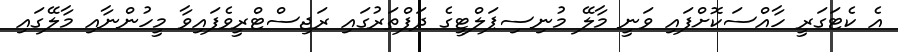
އެ ކެޓަގަރީ ހާއްސަކޮށްފައި ވަނީ މާލޭ މުނިސިޕަލްޓީގެ ދަފްތަރުގައި ރަޖިސްޓްރީވެފައިވާ މީހުންނާއި މާލޭގައި